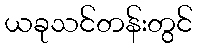
ယခုသင်တန်းတွင်